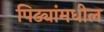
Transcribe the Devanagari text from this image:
पिढ्यांमधील